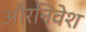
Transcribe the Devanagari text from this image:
औरनिवेश